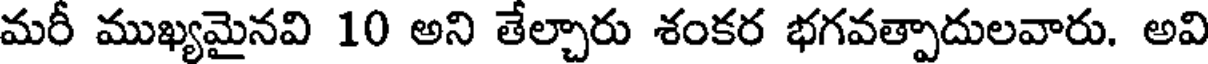
మరీ ముఖ్యమైనవి 10 అని తేల్చారు శంకర భగవత్పాదులవారు. అవి